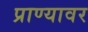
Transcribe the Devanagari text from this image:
प्राण्यावर